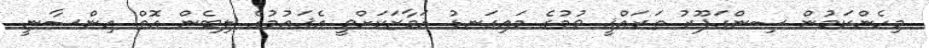
މިހެންކަމުން ސިންގަޕޫރު ތަރައްޤީ ވުމުގެ މައިގަނޑު އަމާޒަކަށްވީ އެޤައުމުގެ ލިބެން އޮތް އިންސާނީ